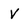
Character: V